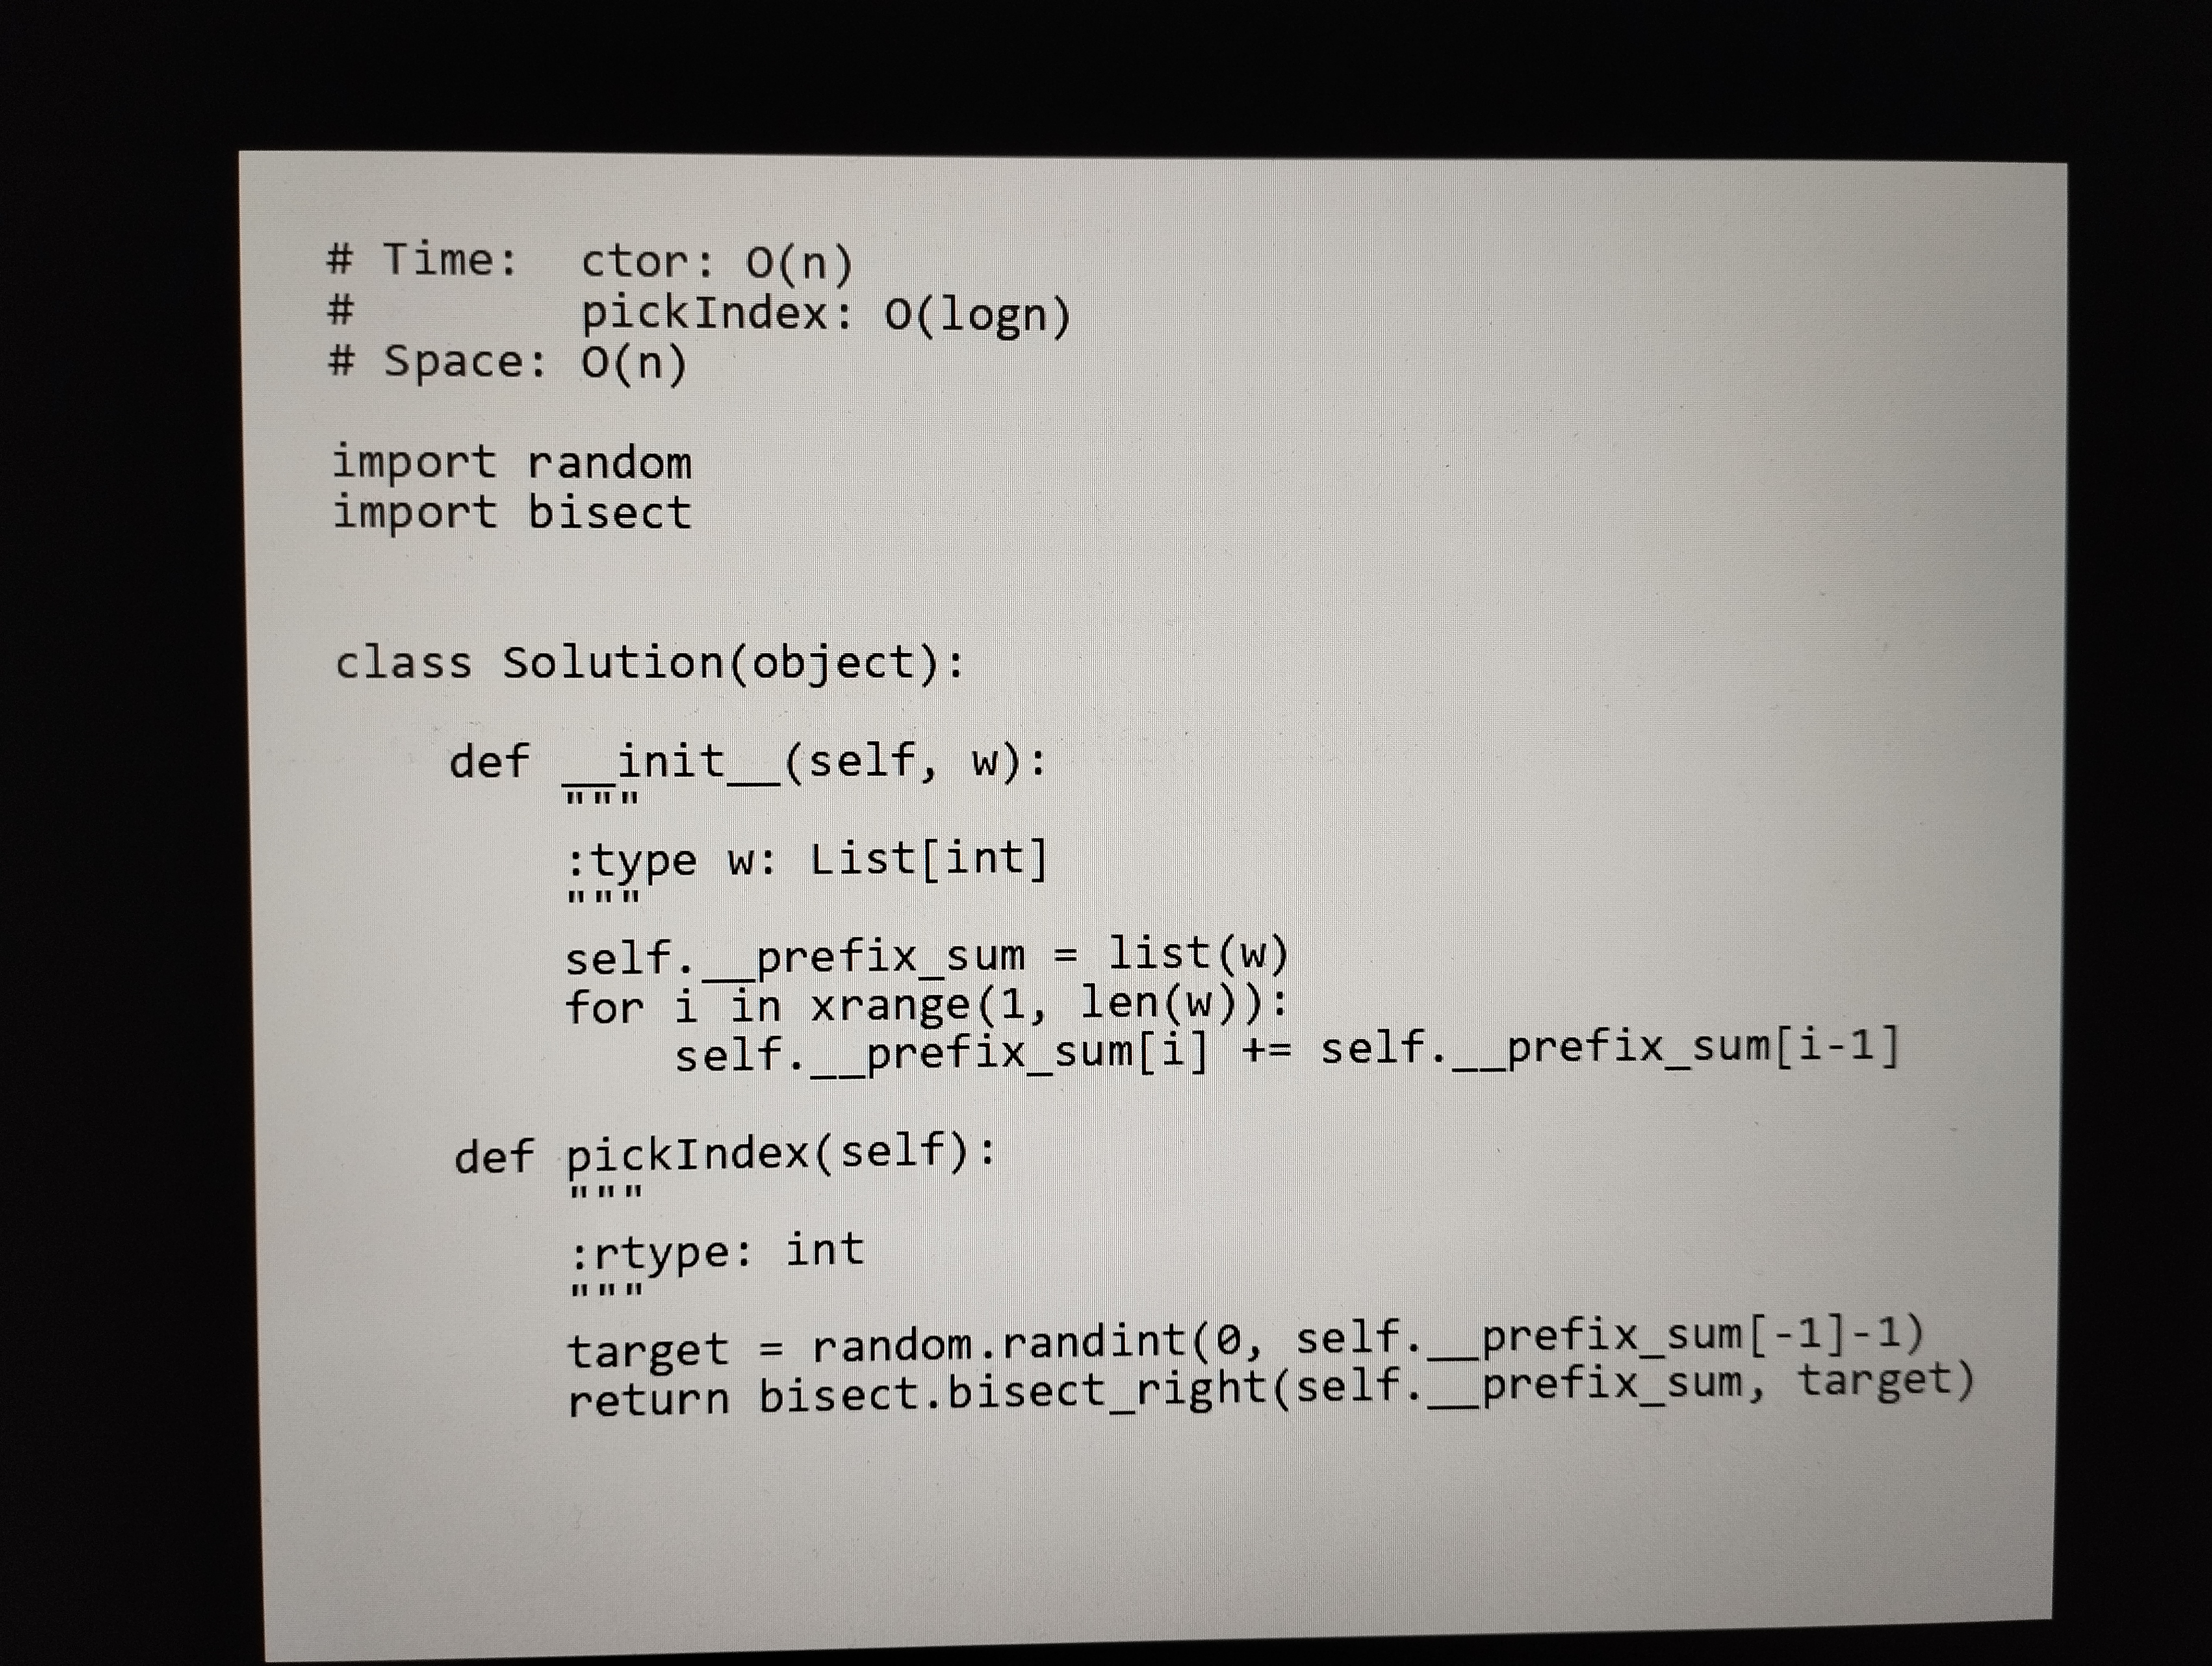
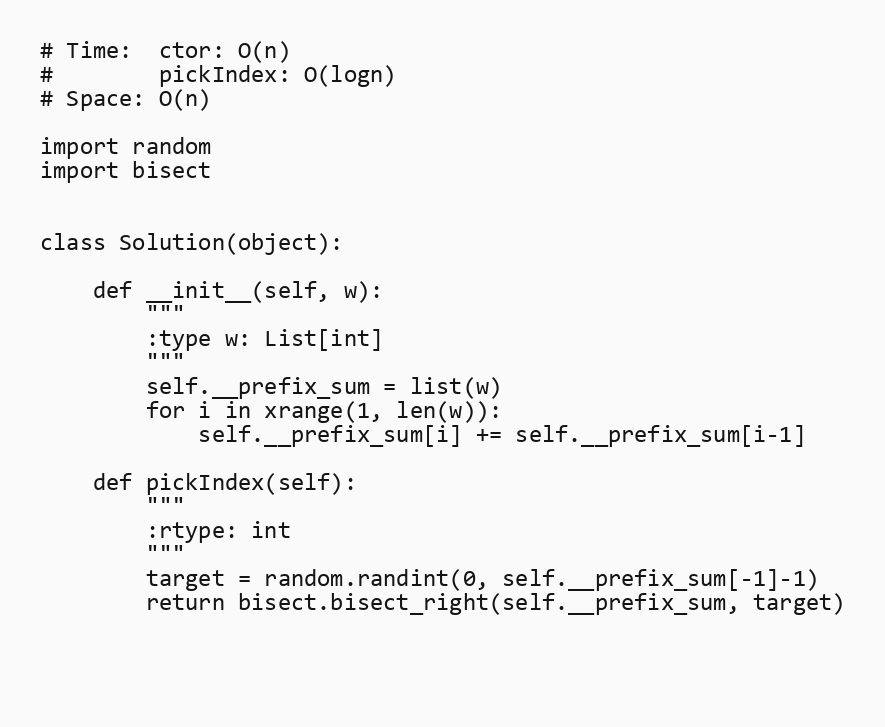
# Time:  ctor: O(n)
#        pickIndex: O(logn)
# Space: O(n)

import random
import bisect

class Solution(object):

    def __init__(self, w):
        """
        :type w: List[int]
        """
        self.__prefix_sum = list(w)
        for i in xrange(1, len(w)):
            self.__prefix_sum[i] += self.__prefix_sum[i-1]

    def pickIndex(self):
        """
        :rtype: int
        """
        target = random.randint(0, self.__prefix_sum[-1]-1)
        return bisect.bisect_right(self.__prefix_sum, target)